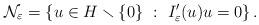
LaTeX: \begin{align*}\mathcal{N}_{\varepsilon}=\left\{ u\in H\smallsetminus\{0\}\ :\ I_{\varepsilon}^{\prime}(u)u=0\right\} .\end{align*}